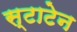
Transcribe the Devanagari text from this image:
स्टाटेन